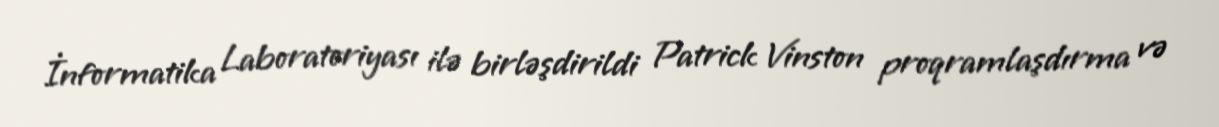
İnformatika Laboratoriyası ilə birləşdirildi Patrick Vinston proqramlaşdırma və